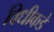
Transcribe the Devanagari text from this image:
विधीकडे